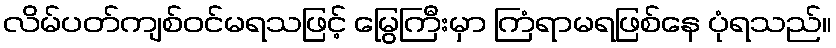
လိမ်ပတ်ကျစ်ဝင်မရသဖြင့် မြွေကြီးမှာ ကြံရာမရဖြစ်နေ ပုံရသည်။